Report of the Indian Hemp Drugs Commission, 1894-1895 - Volume VII
Year: 1894
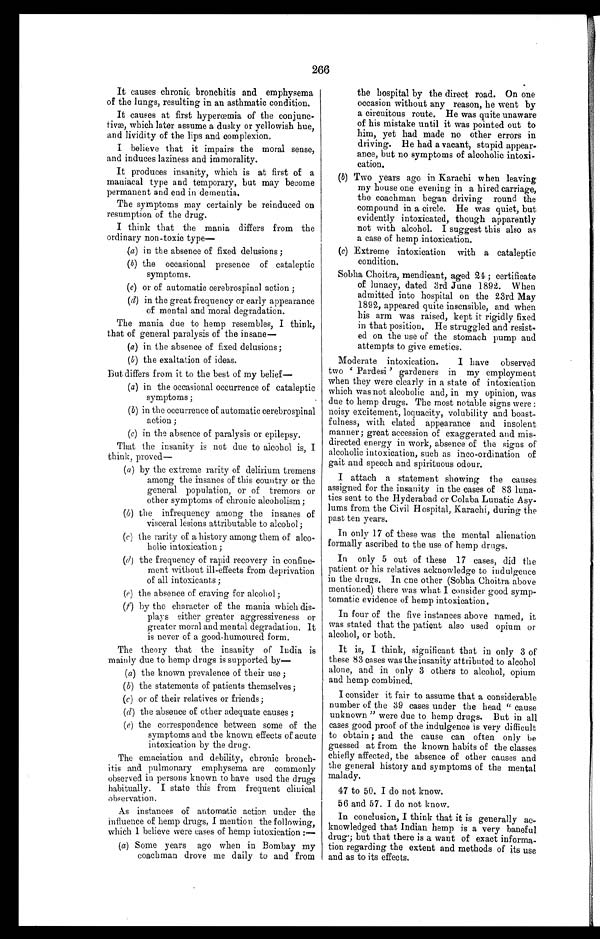
266
It causes chronic bronchitis and emphysema
of the lungs, resulting in an asthmatic condition.
It causes at first hyperœmia of the conjunc-
tivæ, which later assume a dusky or yellowish hue,
and lividity of the lips and complexion.
I believe that it impairs the moral sense,
and induces laziness and immorality.
It produces insanity, which is at first of a
maniacal type and temporary, but may become
permanent and end in dementia.
The symptoms may certainly be reinduced on
resumption of the drug.
I think that the mania differs from the
ordinary non-toxic type—
(a) in the absence of fixed delusions;
(b) the occasional presence of cataleptic
symptoms.
(c) or of automatic cerebrospinal action;
( d) in the great frequency or early appearance
of mental and moral degradation.
The mania due to hemp resembles, I think,
that of general paralysis of the insane—
(a) in the absence of fixed delusions;
(b) the exaltation of ideas.
But differs from it to the best of my belief
—
(a) in the occasional occurrence of cataleptic
symptoms;
(b) in the occurrence of automatic cerebrospinal
action;
(c) in the absence of paralysis or epilepsy.
That the insanity is not due to alcohol is, I
think, proved—
( a ) by the extreme rarity of delirium tremens
among the insanes of this country or the
general population, or of tremors or
other symptoms of chronic alcoholism;
(b) the infrequency among the insanes of
visceral lesions attributable to alcohol;
( c ) the rarity of a history among them of alco-
holic intoxication;
(d) the frequency of rapid recovery in confine-
ment without ill-effects from deprivation
of all intoxicants;
( e) the absence of craving for alcohol;
( f) by the character of the mania which dis-
plays either greater aggressiveness or
greater moral and mental degradation. It
is never of a good-humoured form.
The theory that the insanity of India is
mainly due to hemp drugs is supported by—
(a) the known prevalence of their use;
(b) the statements of patients themselves;
(c) or of their relatives or friends;
(d) the absence of other adequate causes;
(e) the correspondence between some of the
symptoms and the known effects of acute
intoxication by the drug.
The emaciation and debility, chronic bronch-
itis and pulmonary emphysema are commonly
observed in persons known to have used the drugs
habitually. I state tins from frequent clinical
observation.
As instances of automatic action under the
influence of hemp drugs, I mention the following,
which I believe were cases of hemp intoxication :
—
(a) Some years ago when in Bombay my
coachman drove me daily to and from
the hospital by the direct road. On one
occasion without any reason, he went by
a circuitous route. He was quite unaware
of his mistake until it was pointed out to
him, yet had made no other errors in
driving. He had a vacant, stupid appear-
ance, but no symptoms of alcoholic intoxi-
cation.
(b) Two years ago in Karachi when leaving
my house one evening in a hired carriage,
the coachman began driving round the
compound in a circle. He was quiet, but
evidently intoxicated, though apparently
not with alcohol. I suggest this also as
a case of hemp intoxication.
(c) Extreme intoxication with a cataleptic
condition.
Sobha Choitra, mendicant, aged 24; certificate
of lunacy, dated 3rd June 1892. When
admitted into hospital on the 23rd May
1892, appeared quite insensible, and when
his arm was raised, kept it rigidly fixed
in that position. He struggled and resist-
ed on the use of the stomach pump and
attempts to give emetics.
Moderate intoxication. I have observed
t wo ' P a r d e s i ' g a r d e n e r s i n my e mp l o y me n t
when they were clearly in a state of intoxication
which was not alcoholic and, in my opinion, was
due to hemp drugs. The most notable signs were:
noisy excitement, loquacity, volubility and boast-
fulness, with elated appearance and insolent
manner; great accession of exaggerated and mis-
directed energy in work, absence of the signs of
alcoholic intoxication, such as inco-ordination of
gait and speech and spirituous odour.
I attach a statement showing the causes
assigned for the insanity in the cases of 83 luna-
tics sent to the Hyderabad or Colaba Lunatic Asy-
lums from the Civil Hospital, Karachi, during the
past ten years.
In only 17 of these was the mental alienation
formally ascribed to the use of hemp drugs.
In only 5 out of these 17 cases, did the
patient or his relatives acknowledge to indulgence
in the drugs. In one other (Sobha Choitra above
mentioned) there was what I consider good symp-
tomatic evidence of hemp intoxication.
In four of the five instances above named, it
was stated that the patient also used opium or
alcohol, or both.
It is, I think, significant that in only 3 of
these 83 cases was the insanity attributed to alcohol
alone, and in only 3 others to alcohol, opium
and hemp combined.
I consider it fair to assume that a considerable
number of the 39 cases under the head "cause
unknown" were due to hemp drugs. But in all
cases good proof of the indulgence is very difficult
to obtain; and the cause can often only be
guessed at from the known habits of the classes
chiefly affected, the absence of other causes and
the general history and symptoms of the mental
malady.
47 to 50. I do not know.
56 and 57. I do not know.
In conclusion, I think that it is generally ac-
knowledged that Indian hemp is a very baneful
drug; but that there is a want of exact
i n f o r m a - t i o n r e g a r d i n g t h e e x t e n t a n d m e t h o d s o f i t s u s e
and as to its effects.